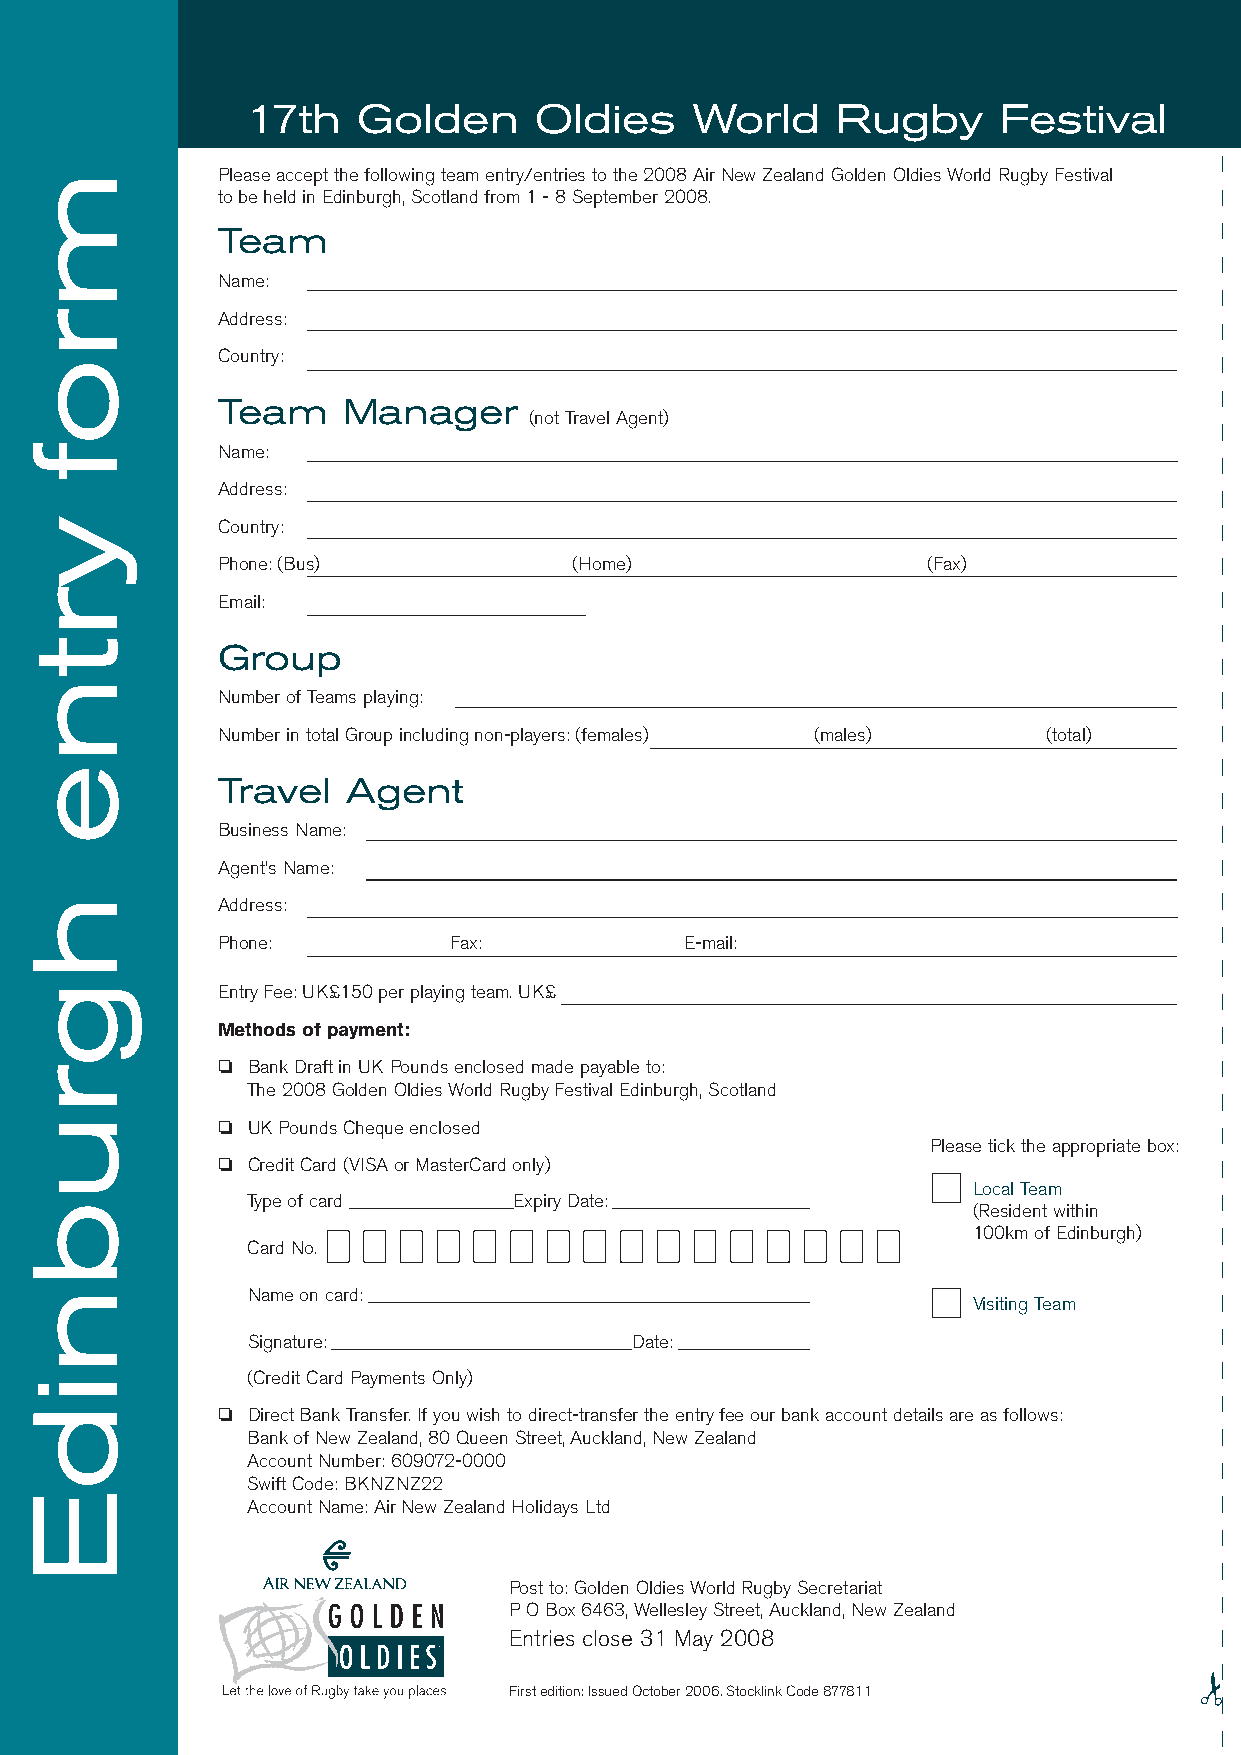
17th    Golden     Oldies     World    Rugby      Festival
 Please accept the following team entry/entries to the 2008 Air New Zealand Golden Oldies World Rugby Festival
 to be held in Edinburgh, Scotland from 1 - 8 September 2008.
 Team
 Name:
 Address:
 Country:
 Team     Manager
 (not Travel Agent)
 Name:
 Address:
 Country:
 Phone: (Bus)            (Home)                 (Fax)
 Email:
 Group
 Number of Teams playing:
 Number in total Group including non-players: (females) (males) (total)
 Travel   Agent
 Business Name:
 Agent’s Name:
 Address:
 Phone:          Fax:           E-mail:
 Entry Fee: UK£150 per playing team. UK£
 Methods of payment:
 ❏ Bank Draft in UK Pounds enclosed made payable to:
 The 2008 Golden Oldies World Rugby Festival Edinburgh, Scotland
 ❏ UK Pounds Cheque enclosed
 Please tick the appropriate box:
 ❏ Credit Card (VISA or MasterCard only)
 Local Team
 Type of card _________________Expiry Date: _____________________
 (Resident within
 100km of Edinburgh)
 Card No.
 Name on card: _______________________________________________
 Visiting Team
 Signature: ________________________________Date: ______________
 (Credit Card Payments Only)
 ❏ Direct Bank Transfer. If you wish to direct-transfer the entry fee our bank account details are as follows:
 Bank of New Zealand, 80 Queen Street, Auckland, New Zealand
 Account Number: 609072-0000
 Swift Code: BKNZNZ22
 Account Name: Air New Zealand Holidays Ltd
 Post to: Golden Oldies World Rugby Secretariat
 P O Box 6463, Wellesley Street, Auckland, New Zealand
 Entries close 31 May 2008
 First edition: Issued October 2006. Stocklink Code 877811
 mrof
 yrtne
 hgrubnidE